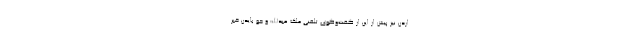
اردن نیز پیش از این از گفت‌و‌گوی تلفنی ملک عبدالله و جو بایدن خبر